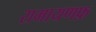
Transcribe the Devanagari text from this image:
रामायणफ़